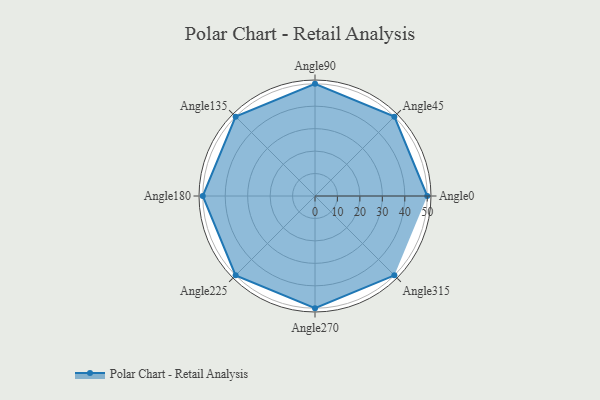
{"axis": {"x": "Angle", "y": "Radius"}, "legend": [""], "data": [{"x": "Angle0", "y": 50.0, "type": ""}, {"x": "Angle45", "y": 50, "type": ""}, {"x": "Angle90", "y": 50, "type": ""}, {"x": "Angle135", "y": 50, "type": ""}, {"x": "Angle180", "y": 50, "type": ""}, {"x": "Angle225", "y": 50, "type": ""}, {"x": "Angle270", "y": 50, "type": ""}, {"x": "Angle315", "y": 50, "type": ""}]}